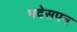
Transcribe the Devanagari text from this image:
भदेसपन